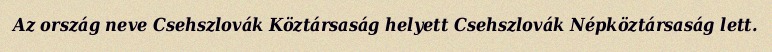
Az ország neve Csehszlovák Köztársaság helyett Csehszlovák Népköztársaság lett.